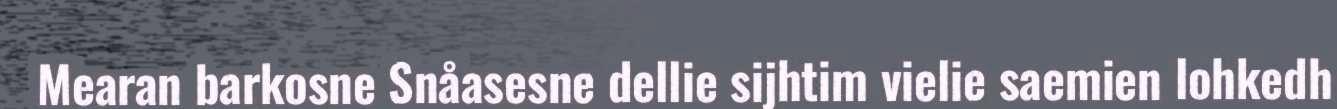
Mearan barkosne Snåasesne dellie sijhtim vielie saemien lohkedh